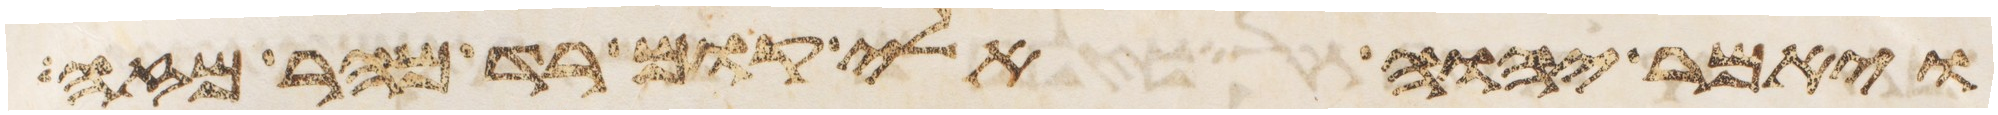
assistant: ויאמר יהוה אלי קום רד מהר מזה